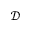
\mathcal { D }